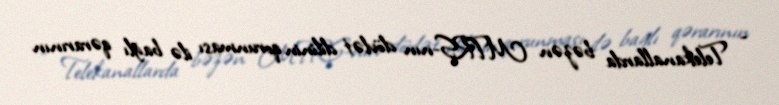
- Telekanallarda bəzən MTRŞ-nın dövlət dilinin qorunması ilə bağlı qərarının